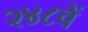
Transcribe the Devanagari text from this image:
२४८वें